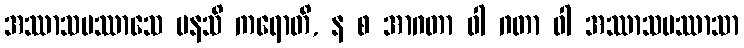
အဿာသပဿာသေ မနသိ ကရောတိ, န စ အာဂတာ ဝါ ဂတာ ဝါ အဿာသပဿာသာ